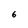
Character: 6